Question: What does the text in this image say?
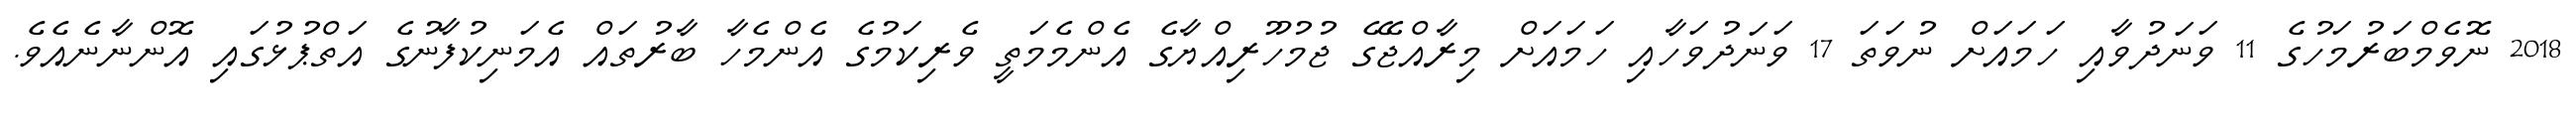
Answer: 2018 ނޮވެމްބަރުމަހުގެ 11 ވަނަދުވާއި ހަމައަށް ނުވަތަ 17 ވަނަދުވަހާއި ހަމައަށް މިރާއްޖޭގެ ޖުމުހޫރިއްޔާގެ އެންމެމަތީ ވެރިކަމުގެ އެންމެހާ ބާރުތައް އެމަނިކުފާނުގެ އަތްޕުޅުގައި އޮންނާނެއެވެ.